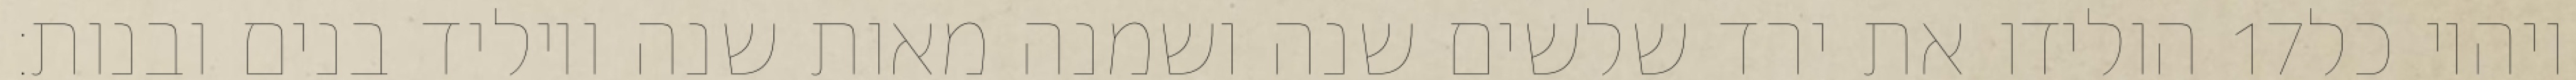
הולידו את ירד שלשים שנה ושמנה מאות שנה ויוליד בנים ובנות׃ ‎17‏ ויהיו כל